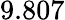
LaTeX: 9.807